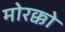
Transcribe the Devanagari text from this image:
मोरक्को